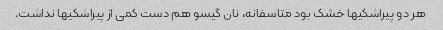
هر دو پیراشکیها خشک بود متاسفانه، نان گیسو هم دست کمی از پیراشکیها نداشت.